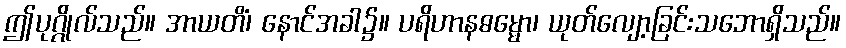
ဤပုဂ္ဂိုလ်သည်။ အာယတိံ၊ နောင်အခါ၌။ ပရိဟာနဓမ္မော၊ ယုတ်လျော့ခြင်းသဘောရှိသည်။